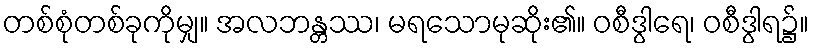
တစ်စုံတစ်ခုကိုမျှ။ အလဘန္တဿ၊ မရသောမုဆိုး၏။ ဝစီဒွါရေ၊ ဝစီဒွါရ၌။